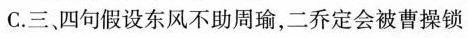
C.三、四句假设东风不助周瑜，二乔定会被曹操锁